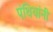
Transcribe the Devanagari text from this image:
पंथियांनी